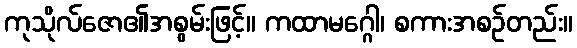
ကုသိုလ်ဇော၏အစွမ်းဖြင့်။ ကထာမဂ္ဂေါ၊ စကားအစဉ်တည်း။